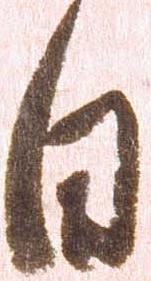
日